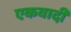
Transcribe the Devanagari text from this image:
एकवादी